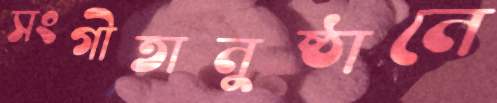
সংগীতানুষ্ঠানে